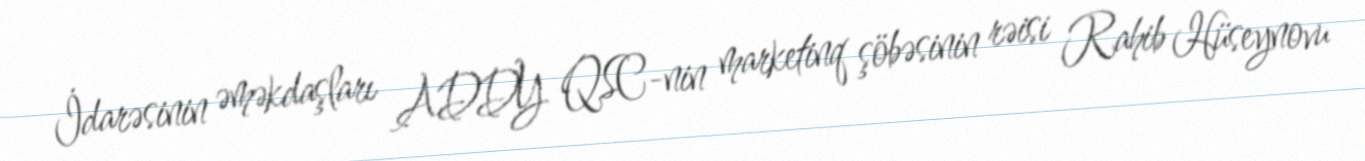
İdarəsinin əməkdaşları ADDY QSC-nin marketinq şöbəsinin rəisi Rahib Hüseynovu